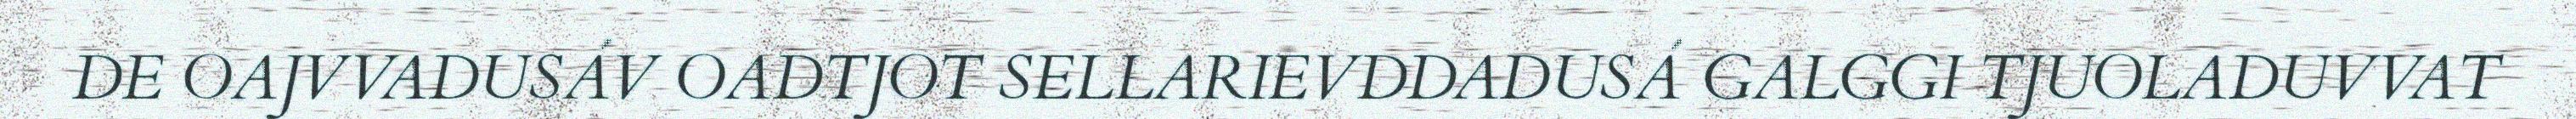
DE OAJVVADUSÁV OADTJOT SELLARIEVDDADUSÁ GALGGI TJUOLADUVVAT